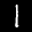
Label: 1